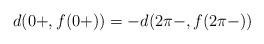
LaTeX: \begin{align*}d(0+,f(0+))= - d(2\pi-, f(2\pi-))\end{align*}